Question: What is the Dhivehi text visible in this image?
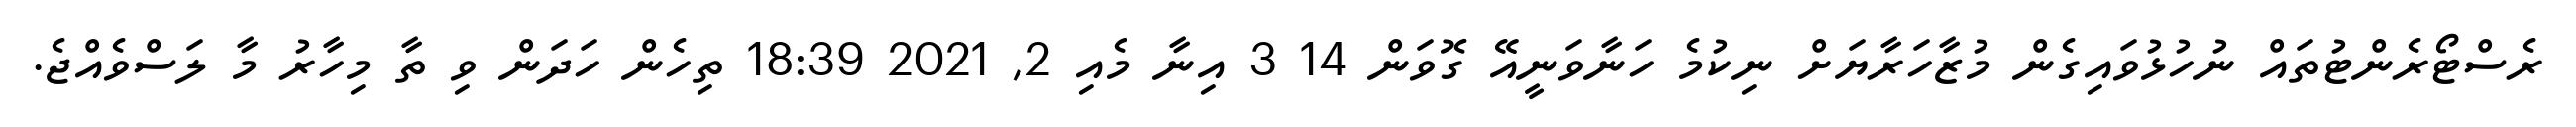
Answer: ރެސްޓޯރެންޓުތައް ނުހުޅުވައިގެން މުޒާހަރާޔަށް ނިކުމެ ހަނާވަނީއޭ ގޮވަން 14 3 އިނާ މެއި 2, 2021 18:39 ތިހެން ހަދަން ވި ތާ މިހާރު މާ ލަސްވެއްޖެ.